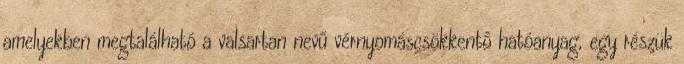
amelyekben megtalálható a valsartan nevű vérnyomáscsökkentő hatóanyag, egy részük